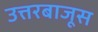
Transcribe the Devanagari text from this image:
उत्तरबाजूस